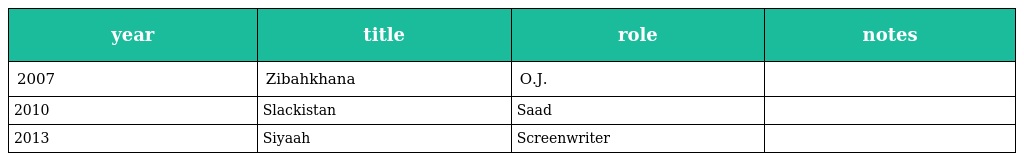
| year | title | role | notes |
 | --- | --- | --- | --- |
 | 2007 | Zibahkhana | O.J. |  |
 | 2010 | Slackistan | Saad |  |
 | 2013 | Siyaah | Screenwriter |  |